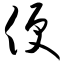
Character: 便